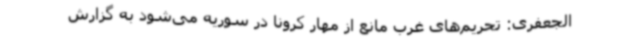
الجعفری: تحریم‌های غرب مانع از مهار کرونا در سوریه می‌شود به گزارش